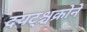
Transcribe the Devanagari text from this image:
दयट्श्चक्रोने